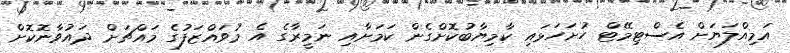
އަމިއްލަޔަށް އެސްޓިމޭޓް ހުށަހަޅައި ކާމިޔާބުކޮށްގެން ކަމަށާއި ނަމީރާގެ އެ މުވައްޒަފުގެ މައްޗަށް ދައުވާނޮކޮށް